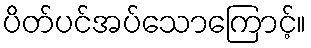
ပိတ်ပင်အပ်သောကြောင့်။